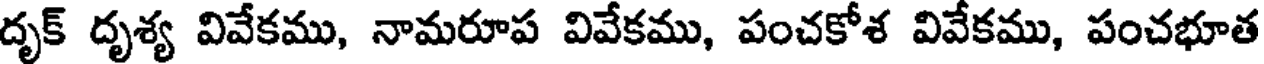
దృక్ దృశ్య వివేకము, నామరూప వివేకము, పంచకోశ వివేకము, పంచభూత